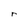
Character: r